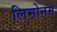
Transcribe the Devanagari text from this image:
लिमोनम